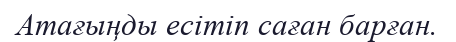
Атағыңды есітіп саған барған.